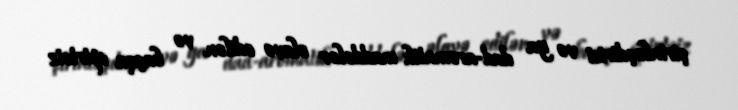
şirinləşdirici və ya dad-aromatik maddələr əlavə edilən və başqa spirtsiz